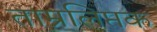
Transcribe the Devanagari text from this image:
ताम्रलिप्तक